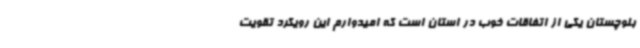
بلوچستان یکی از اتفاقات خوب در استان است که امیدوارم این رویکرد تقویت